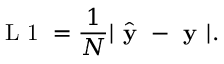
\textrm { L 1 } = \frac { 1 } { N } | \hat { \textbf { y } } - \textbf { y } | .